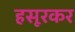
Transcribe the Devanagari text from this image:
हसूरकर